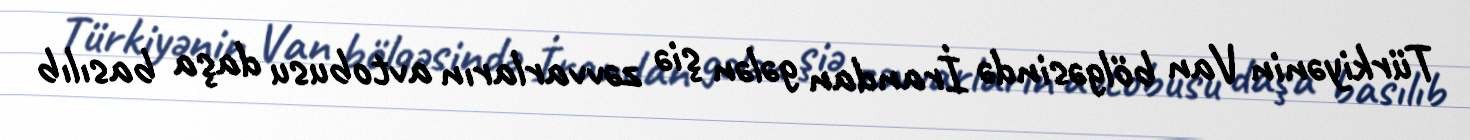
Türkiyənin Van bölgəsində İrandan gələn şiə zəvvarların avtobusu daşa basılıb